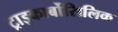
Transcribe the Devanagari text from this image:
ट्राइकार्बोसिलिक